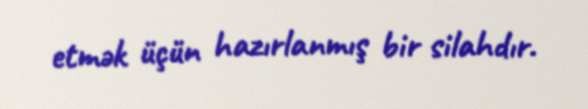
etmək üçün hazırlanmış bir silahdır.